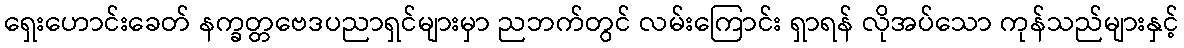
ရှေးဟောင်းခေတ် နက္ခတ္တဗေဒပညာရှင်များမှာ ညဘက်တွင် လမ်းကြောင်း ရှာရန် လိုအပ်သော ကုန်သည်များနှင့်